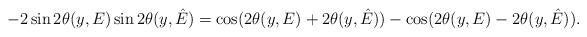
LaTeX: \begin{align*}-2\sin 2\theta(y,{E})\sin 2\theta(y,\hat{E})=\cos (2\theta(y,{E})+2\theta(y,\hat{E}))-\cos (2\theta(y,{E})-2\theta(y,\hat{E})).\end{align*}